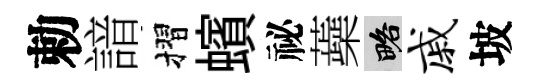
勅諳摺蠙祕蘃略戚坡